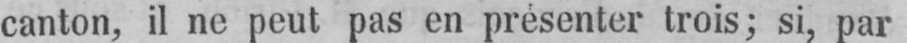
canton, il ne peut pas en présenter trois; si, par